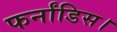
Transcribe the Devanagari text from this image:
फर्नांडिस।